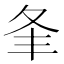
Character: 夆